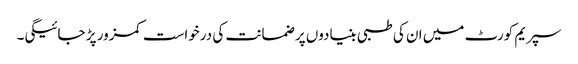
سپریم کورٹ میں ان کی طبی بنیادوں پر ضمانت کی درخواست کمزور پڑ جائیگی۔